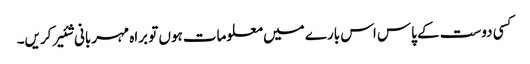
کسی دوست کے پاس اس بارے میں معلومات ہوں تو براہ مہربانی شئیر کریں۔